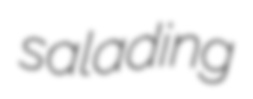
salading